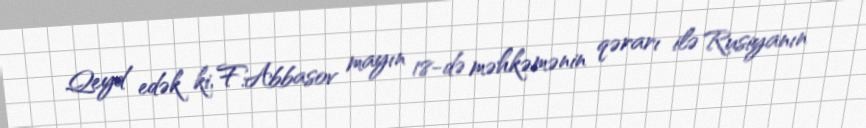
Qeyd edək ki, F.Abbasov mayın 18-də məhkəmənin qərarı ilə Rusiyanın